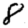
Digit: 8